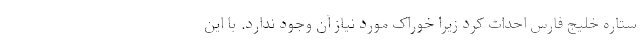
ستاره خلیج فارس احداث کرد زیرا خوراک مورد نیاز آن وجود ندارد. با این